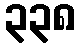
၃၃၈